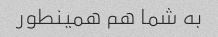
به شما هم همینطور